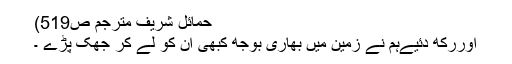
حمائل شریف مترجم ص519)
اوررکھ دئیےہم نے زمین میں بھاری بوجھ کبھی ان کو لے کر جھک پڑے ۔